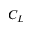
C _ { L }